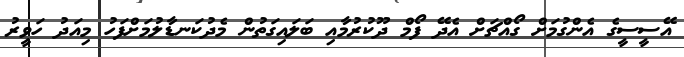
އޭސީސީގެ އެންގުމަށް ގޯއްޗަށް އެދޭ ފޯމް ދޫކުރުމާއި ބަލައިގަތުން މެދުކަނޑާލުމަށްފަހު މިއަދު ހަވީރު